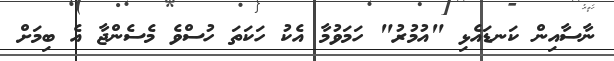
ނާސާއިން ކަނޑައެޅި "އުމުރު" ހަމަވުމާ އެކު ހަކަތަ ހުސްވެ މެސެންޖާ އެ ބިމަށް